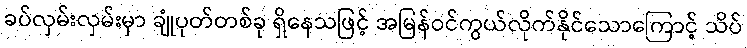
ခပ်လှမ်းလှမ်းမှာ ချုံပုတ်တစ်ခု ရှိနေသဖြင့် အမြန်ဝင်ကွယ်လိုက်နိုင်သောကြောင့် သိပ်